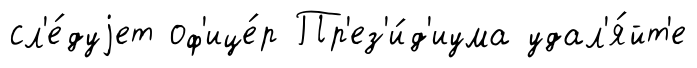
сл'е́дуjет оф'ице́р Пр'ез'и́д'иума удал'я́йт'е